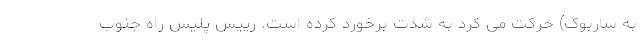
به ساربوک) حرکت می کرد به شدت برخورد کرده است. رییس پلیس راه جنوب